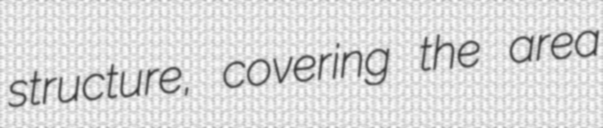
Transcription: structure, covering the area